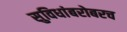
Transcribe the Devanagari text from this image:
सुविधांबरोबरच